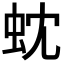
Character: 𮓻